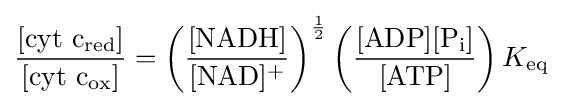
{\frac {[\mathrm {cyt~c_{red}} ]}{[\mathrm {cyt~c_{ox}} ]}}=\left({\frac {[\mathrm {NADH} ]}{[\mathrm {NAD} ]^{+}}}\right)^{\frac {1}{2}}\left({\frac {[\mathrm {ADP} ][\mathrm {P_{i}} ]}{[\mathrm {ATP} ]}}\right)K_{\mathrm {eq} }